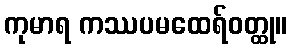
ကုမာရ ကဿပမထေရ်ဝတ္ထု။